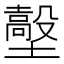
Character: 𡒼